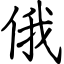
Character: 俄